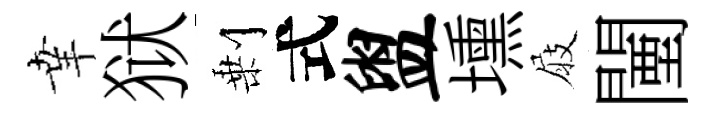
𦍒狱剰式盥壎屐闉